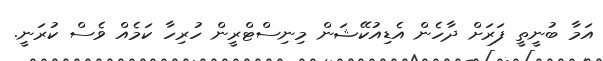
އަމާ ބުނީތީ ފަރަށް ދާހެން އެޑިއުކޭޝަން މިނިސްޓްރީން ހުރިހާ ކަމެއް ވެސް ކުރަނީ.